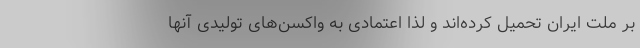
بر ملت ایران تحمیل کرده‌اند و لذا اعتمادی به واکسن‌های تولیدی آنها